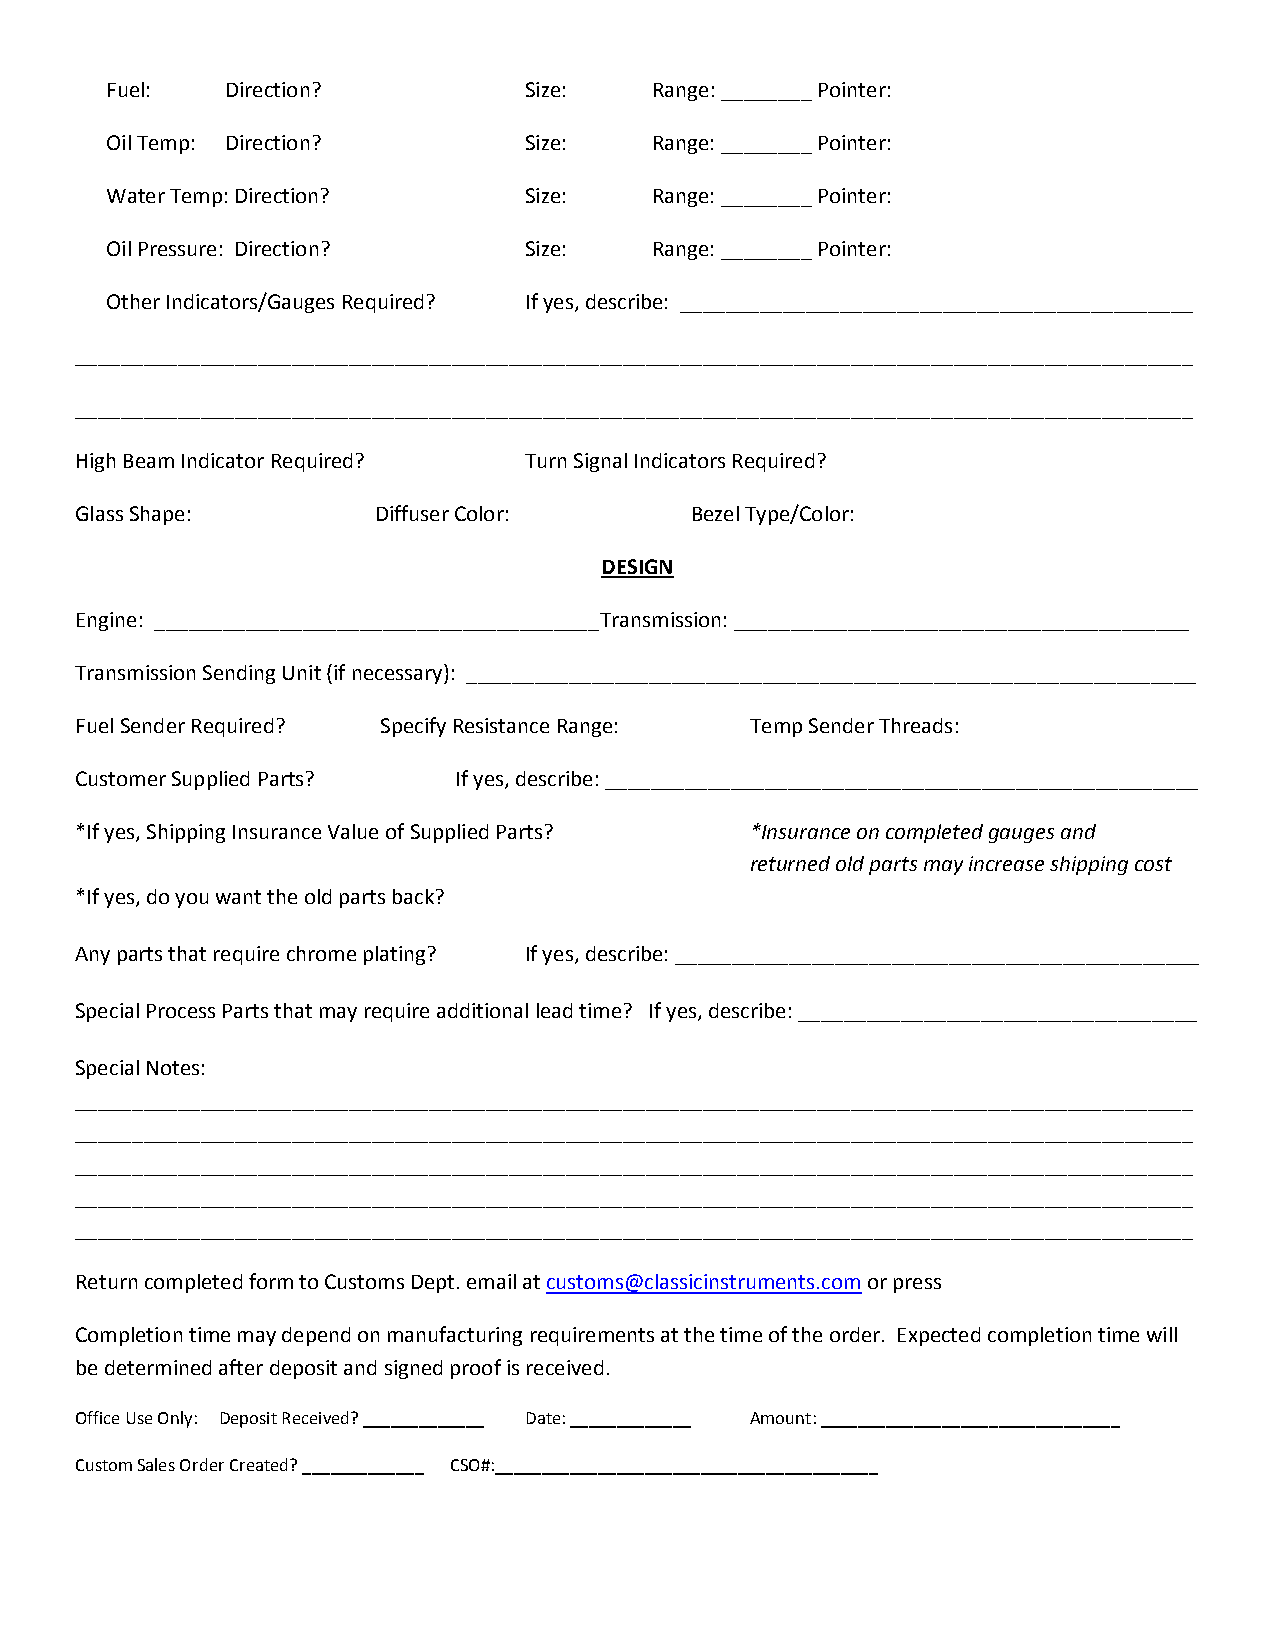
Fuel:   Direction?          Size:   Range: ________ Pointer:
 Oil Temp: Direction?        Size:   Range: ________ Pointer:
 Water Temp: Direction?      Size:   Range: ________ Pointer:
 Oil Pressure: Direction?    Size:   Range: ________ Pointer:
 Other Indicators/Gauges Required? If yes, describe: _____________________________________________
 __________________________________________________________________________________________________
 __________________________________________________________________________________________________
 High Beam Indicator Required? Turn Signal Indicators Required?
 Glass Shape:        Diffuser Color:      Bezel Type/Color:
 DESIGN
 Engine: _______________________________________ Transmission: ________________________________________
 Transmission Sending Unit (if necessary): ________________________________________________________________
 Fuel Sender Required? Specify Resistance Range: Temp Sender Threads:
 Customer Supplied Parts? If yes, describe: ____________________________________________________
 *If yes, Shipping Insurance Value of Supplied Parts? *Insurance on completed gauges and
 returned old parts may increase shipping cost
 *If yes, do you want the old parts back?
 Any parts that require chrome plating? If yes, describe: ______________________________________________
 Special Process Parts that may require additional lead time? If yes, describe: ___________________________________
 Special Notes:
 __________________________________________________________________________________________________
 __________________________________________________________________________________________________
 __________________________________________________________________________________________________
 __________________________________________________________________________________________________
 __________________________________________________________________________________________________
 Return completed form to Customs Dept. email at customs@classicinstruments.com or press
 Completion time may depend on manufacturing requirements at the time of the order. Expected completion time will
 be determined after deposit and signed proof is received.
 Office Use Only: Deposit Received? _____________ Date: _____________ Amount: ________________________________
 Custom Sales Order Created? _____________ CSO#:_________________________________________